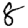
Digit: 8